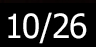
10/26